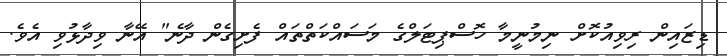
ޑިޒައިން ރިވިއުކޮށް ނިމުނީމާ ހޮސްޕިޓަލްގެ މަސައްކަތްތައް ފެށިގެން ދާނެ" އޭނާ ވިދާޅުވި އެވެ.